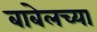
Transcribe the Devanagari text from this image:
बाबेलच्या